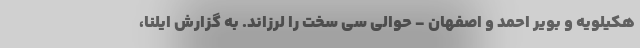
هکیلویه و بویر احمد و اصفهان - حوالی سی سخت را لرزاند. به گزارش ایلنا،